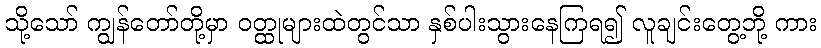
သို့သော် ကျွန်တော်တို့မှာ ဝတ္ထုများထဲတွင်သာ နှစ်ပါးသွားနေကြရ၍ လူချင်းတွေ့ဘို့ ကား